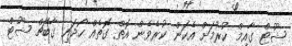
ޝޫޓް ގާއިމް ކުރުމަށް އެކަން ކުރެވެން އޮތް ގޮތެއް ހޯދައި ގާބޭޗް ޝޫޓް